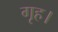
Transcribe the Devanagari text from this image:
गृह।